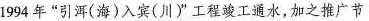
1994年“引洱(海)入宾(川}”工程竣工通水，加之推广节